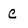
Character: C